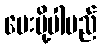
ပေးပို့ပါမည်